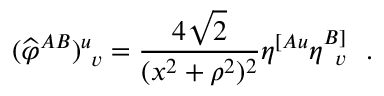
( { \widehat \varphi } ^ { A B } ) _ { ~ v } ^ { u } = { \frac { 4 \sqrt { 2 } } { ( x ^ { 2 } + \rho ^ { 2 } ) ^ { 2 } } } \eta ^ { [ A u } \eta _ { ~ \, v } ^ { B ] } ~ ~ .